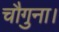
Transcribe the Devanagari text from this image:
चौगुना।